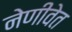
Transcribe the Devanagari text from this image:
नेणीवेत